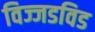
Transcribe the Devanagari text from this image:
विज्जडविड